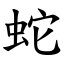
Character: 蛇